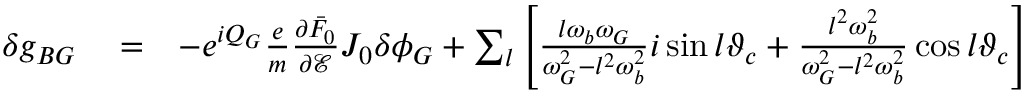
\begin{array} { r l r } { \delta g _ { B G } } & { { } = } & { - e ^ { i Q _ { G } } \frac { e } { m } \frac { \partial \bar { F } _ { 0 } } { \partial \mathcal { E } } J _ { 0 } \delta \phi _ { G } + \sum _ { l } \left[ \frac { l \omega _ { b } \omega _ { G } } { \omega _ { G } ^ { 2 } - l ^ { 2 } \omega _ { b } ^ { 2 } } i \sin l \vartheta _ { c } + \frac { l ^ { 2 } \omega _ { b } ^ { 2 } } { \omega _ { G } ^ { 2 } - l ^ { 2 } \omega _ { b } ^ { 2 } } \cos l \vartheta _ { c } \right] } \end{array}